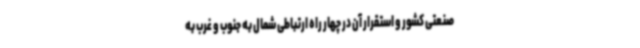
صنعتی کشور و استقرار آن در چهار راه ارتباطی شمال به جنوب و غرب به